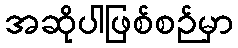
အဆိုပါဖြစ်စဉ်မှာ